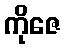
ကိုဇေ